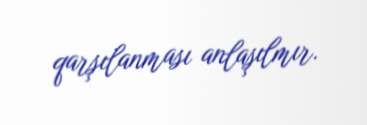
qarşılanması anlaşılmır.